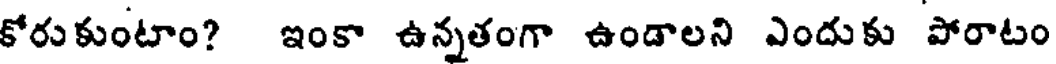
కోరుకుంటాం? ఇంకా ఉన్నతంగా ఉండాలని ఎందుకు పోరాటం